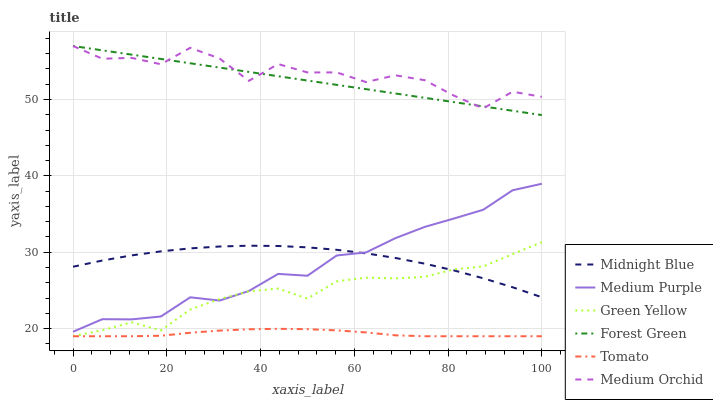
| xaxis_label | Midnight Blue | Medium Purple | Green Yellow | Forest Green | Tomato | Medium Orchid |
 | --- | --- | --- | --- | --- | --- | --- |
 | 0 | 28.1 | 19.6 | 19 | 57 | 19 | 57 |
 | 6.25 | 28.9 | 21.2 | 19.8 | 56.4 | 19 | 55.3 |
 | 12.5 | 29.6 | 21.2 | 20.8 | 55.9 | 19 | 55.4 |
 | 18.8 | 30.1 | 21.6 | 19.8 | 55.3 | 19.1 | 54.6 |
 | 25 | 30.5 | 24.1 | 22.5 | 54.7 | 19.5 | 56.8 |
 | 31.2 | 30.8 | 23.7 | 23.9 | 54.2 | 19.7 | 55.4 |
 | 37.5 | 30.9 | 24.9 | 24.9 | 53.6 | 19.9 | 52.4 |
 | 43.8 | 30.8 | 27.2 | 25.2 | 53 | 20 | 54.6 |
 | 50 | 30.6 | 26.9 | 23.9 | 52.5 | 19.9 | 53.5 |
 | 56.2 | 30.3 | 29.6 | 26.2 | 51.9 | 19.8 | 53.5 |
 | 62.5 | 29.9 | 30 | 26.7 | 51.3 | 19.5 | 52.3 |
 | 68.8 | 29.3 | 31.8 | 26.6 | 50.8 | 19.1 | 53.2 |
 | 75 | 28.5 | 33.3 | 26.8 | 50.2 | 19 | 52.5 |
 | 81.2 | 27.6 | 34.4 | 27.8 | 49.7 | 19 | 50.5 |
 | 87.5 | 26.6 | 35.6 | 28.1 | 49.1 | 19 | 48.8 |
 | 93.8 | 25.4 | 38.1 | 29.8 | 48.5 | 19 | 51 |
 | 100 | 24.1 | 39 | 31.3 | 48 | 19 | 50.3 |